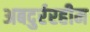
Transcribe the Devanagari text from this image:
अबदुर्ररहीम